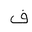
Letter: _fa